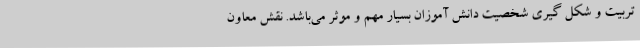
تربیت و شکل گیری شخصیت دانش آموزان بسیار مهم و موثر می‌باشد. نقش معاون